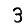
Digit: 3